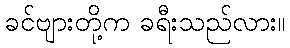
ခင်ဗျားတို့က ခရီးသည်လား။